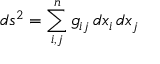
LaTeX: d s ^ { 2 } = \sum _ { i , j } ^ { n } g _ { i j } \, d x _ { i } \, d x _ { j }